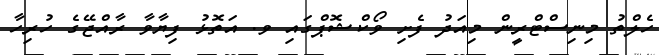
ހެލްތު މިނިސްޓްރީން މިއަދު ފެށި ވޯކްޝޮޕްގައި ވ. އަތޮޅު ފިޔާވާ ރާއްޖޭގެ ހުރިހާ